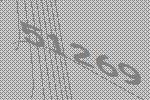
51269